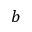
b